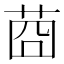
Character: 莔